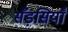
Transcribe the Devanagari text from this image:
सँड़सियाँ